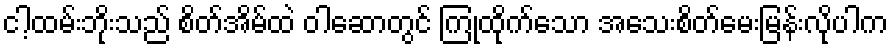
ငါ့ထမ်းဘိုးသည် စိတ်အိမ်ထဲ ဝါဆောတွင် ကြုံထိုက်သော အသေးစိတ်မေးမြန်းလိုပါက